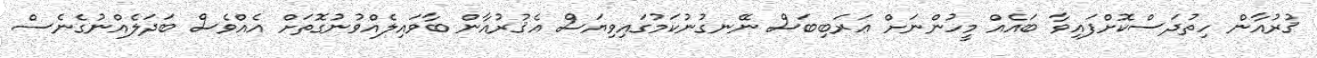
ޤުރުއާން ހިތުދަސްކޮށްފައިވާ ބައެއް މީހުންނަށް ޢަރަބިބަސް ނޭނގުނުކަމުގައިވިޔަސް އެޤުރުއާން ބާވައިލެއްވުނުގޮތަށް އެއްވެސް ބަދަލެއްނުގެނެސް